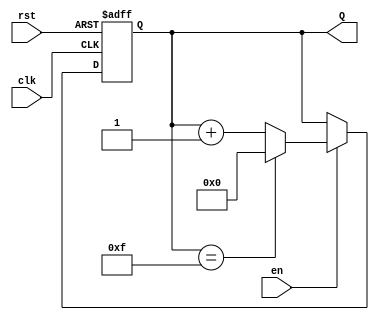
module binary_up_counter #(
    parameter N = 4  // Parameter for the number of bits (default is 4 bits)
)(
    input wire clk,      // Clock input
    input wire rst,      // Asynchronous reset input
    input wire en,       // Enable input
    output reg [N-1:0] Q // N-bit output for the current count value
);

    // Always block triggered on the rising edge of the clock or when reset is asserted
    always @(posedge clk or posedge rst) begin
        if (rst) begin
            Q <= 0; // Reset the counter to 0
        end else if (en) begin
            if (Q == (1 << N) - 1) begin
                Q <= 0; // Wrap around to 0 if maximum count is reached
            end else begin
                Q <= Q + 1; // Increment the counter
            end
        end
        // If en is low, retain the current count value
    end

endmodule